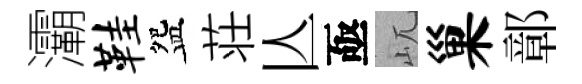
灞鞋盌荘亾亟屼巢鄣